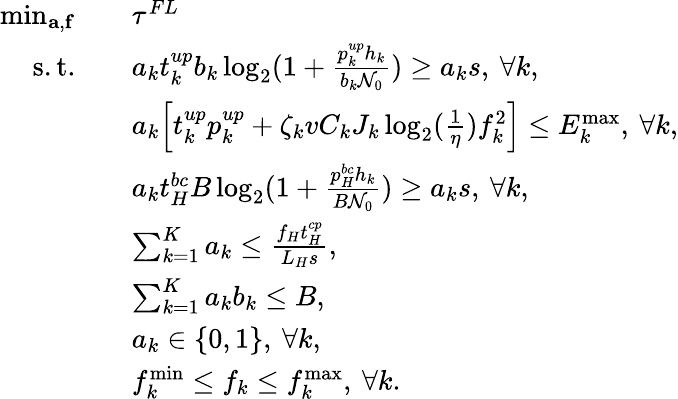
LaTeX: \begin{array}{rl}{\operatorname*{min}_{\mathbf{a},\mathbf{f}}\quad}&{\tau^{FL}}\\ {\mathrm{s.t.}\quad}&{a_{k}t_{k}^{up}b_{k}\log_{2}(1+\frac{p_{k}^{up}h_{k}}{b_{k}\mathcal{N}_{0}})\geq a_{k}s,\: \forall k,}\\ &{a_{k}\Big[t_{k}^{up}p_{k}^{up}+\zeta_{k}vC_{k}J_{k}\log_{2}(\frac{1}{\eta})f_{k}^{2}\Big]\leq{{E}}_{k}^{\operatorname*{max}},\: \forall k,}\\ &{a_{k}t_{H}^{bc}{{B}}\log_{2}(1+\frac{p_{H}^{bc}h_{k}}{{{B}}\mathcal{N}_{0}})\geq a_{k}s,\: \forall k,}\\ &{\sum_{k=1}^{K}a_{k}\leq\frac{f_{H}t_{H}^{cp}}{L_{H}s},}\\ &{\sum_{k=1}^{K}a_{k}b_{k}\leq{{B}},}\\ &{a_{k}\in\{ 0,1\} ,\: \forall k,}\\ &{f_{k}^{\operatorname*{min}}\leq f_{k}\leq f_{k}^{\operatorname*{max}},\: \forall k.}\end{array}